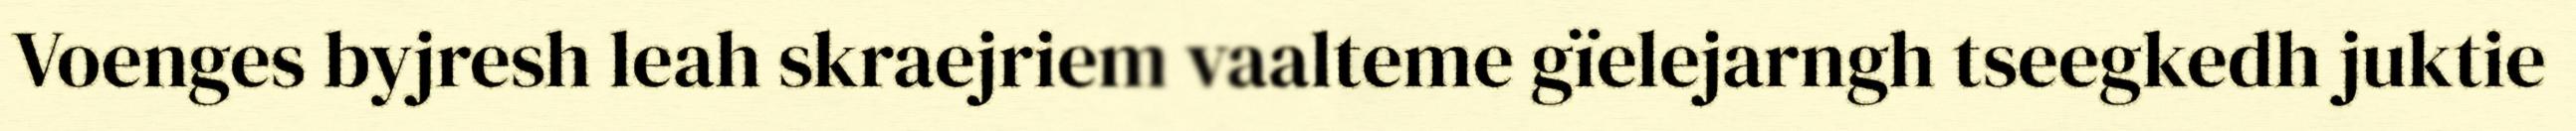
Voenges byjresh leah skraejriem vaalteme gïelejarngh tseegkedh juktie